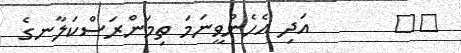
٦٧       އަދި އެހެންވީނަމަ ތިމަންރަސްކަލާނގެ